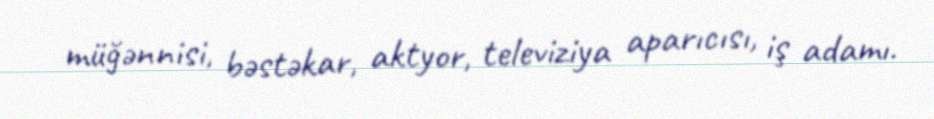
müğənnisi, bəstəkar, aktyor, televiziya aparıcısı, iş adamı.